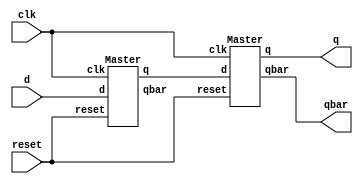
//DFF using master-slave 

module DFF(d,reset,clk,q,qbar);
input d,reset,clk;
output q,qbar;
Master S(d,reset,clk,q_temp,qbar_temp);
Master M(q_temp,reset,clk,q,qbar);
endmodule

module Master(d,reset,clk,q,qbar);
input d,reset,clk;
output reg q,qbar;

initial begin
q=0;
end

always @(posedge clk)begin
	if(!reset)begin
	q<=d;
	qbar<=!d;
	end
	else begin
	q<=1'bx;
	qbar<=1'bx;
	end

end

endmodule